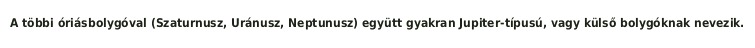
A többi óriásbolygóval (Szaturnusz, Uránusz, Neptunusz) együtt gyakran Jupiter-típusú, vagy külső bolygóknak nevezik.